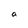
Character: a